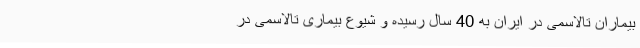
بیماران تالاسمی در ایران به 40 سال رسیده و شیوع بیماری تالاسمی در